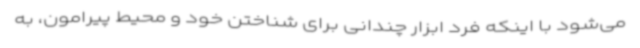
می‌شود با اینکه فرد ابزار چندانی برای شناختن خود و محیط پیرامون، به